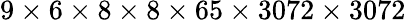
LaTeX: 9\times 6\times 8\times 8\times 65\times 3072\times 3072